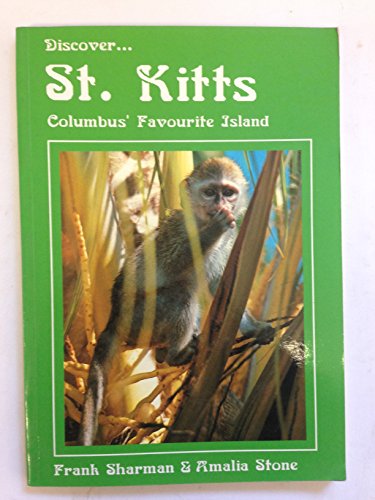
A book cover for Discover ... St. Kitts: Columbus' favourite island; Frank Sharman; Travel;